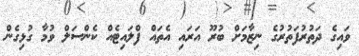
ވައިގެ ދަތުރުފަތުރުގެ ނިޒާމަށް ބުރޫ އަރައި އެތައް ފްލައިޓެއް ކެންސަލް ވުމާ ގުޅިގެން